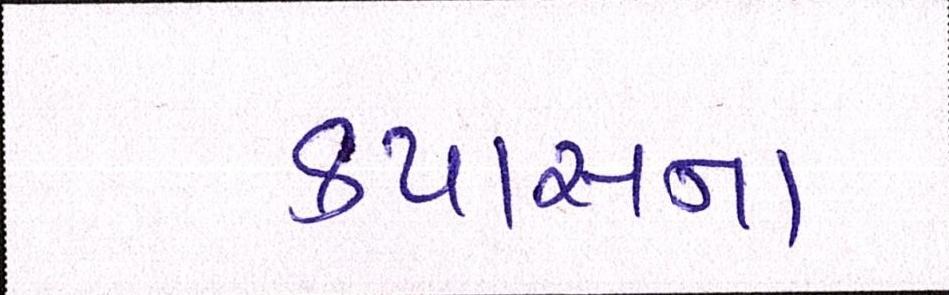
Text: કપાસના